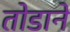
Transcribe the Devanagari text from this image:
तोडाने